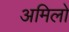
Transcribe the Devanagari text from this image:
अमिलो